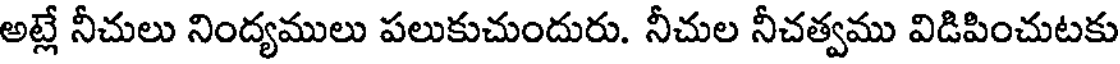
అట్లే నీచులు నింద్యములు పలుకుచుందురు. నీచుల నీచత్వము విడిపించుటకు